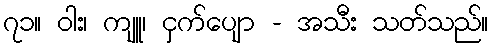
၇၁။ ဝါး၊ ကျူ၊ ငှက်ပျော - အသီး သတ်သည်။